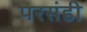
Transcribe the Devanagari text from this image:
परसंडी